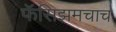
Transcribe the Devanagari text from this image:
फॅसिझमचाच